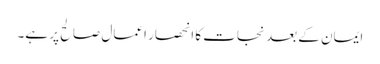
ایمان کے بعد نجات کا انحصار اعمالِ صالح پر ہے۔